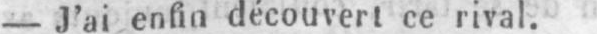
- J’ai enfin découvert ce rival.